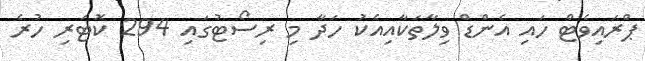
ޕްރައިވެޓް ހައި އެންޑް ވިލާތަކާއިއެކު ހަދާ މި ރިސޯޓުގައި 294 ކޮޓަރި ހުރެ